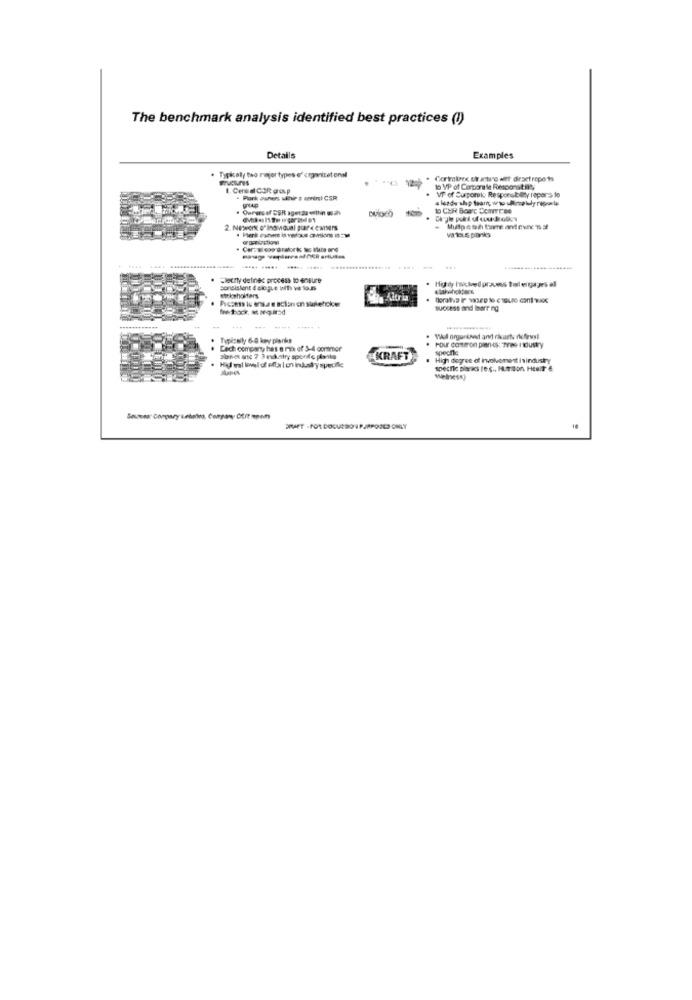
The benchmark analysis identified best practices (!)
Details
Examples
. Typically two rejer types of organicet onal
Cortminec ck aturo wet dirset rope ts
1. Cereal CAR group
to VP of Corporate Riesconatay
VT of Curporek: Responsibility rapor:> le
-
to CUR Boerc ConTres
Multpesh tume and evenst
Meny defines process to ensure
Consistent @ alogue uit ve lo.n
Fictens Iu ensse action en suskehcker
success and Ibarring
Typically 68 key planks
Each company has a mix of 3-4 cormor
Four costiron pen-ds: Tree noustry
specie
planes anc 7 3 rdkatry speedo planks
KRAFT
High degree of involvement Isindustry
Sonea: Conpary sebalea, Company Ofit mpom
ERAET - FOR DOLUCRO 1 P.JAPOOLD ONLY